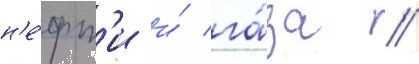
н'е́фт'и и́ га́за //